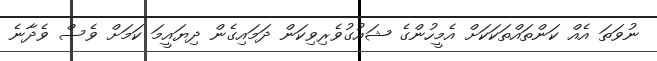
ނުވަތަ އެއް ކަންތައްތަކަކަށް އެމީހުންގެ ޝައުގުވެރިވިކަން ދަމައިގެން ދިޔައީމަ ކަމަށް ވެސް ވެދާނެ